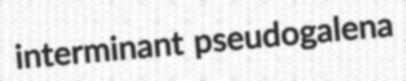
interminant pseudogalena